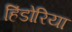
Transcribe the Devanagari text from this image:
हिंडोरिया